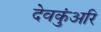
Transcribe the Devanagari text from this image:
देवकुंअरि